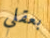
بعقلي